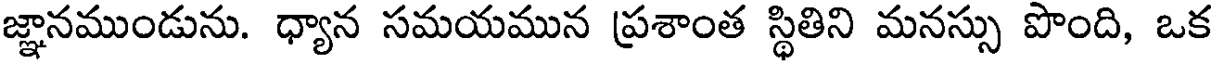
జ్ఞానముండును. ధ్యాన సమయమున ప్రశాంత స్థితిని మనస్సు పొంది, ఒక